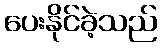
ပေးနိုင်ခဲ့သည်